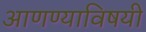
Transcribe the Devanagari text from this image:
आणण्याविषयी